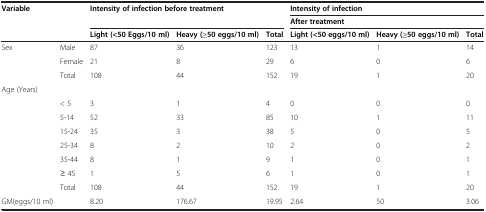
<table><thead><tr><td rowspan="2"><b>Variable</b></td><td rowspan="2"><b> </b></td><td rowspan="2" colspan="3"><b>Intensity of infection before treatment</b></td><td colspan="3"><b>Intensity of infection</b></td></tr><tr><td colspan="3"><b>After treatment</b></td></tr><tr><td><b> </b></td><td><b> </b></td><td><b>Light (&lt;50 Eggs/10 ml)</b></td><td><b>Heavy (≥50 eggs/10 ml)</b></td><td><b>Total</b></td><td><b>Light (&lt;50 eggs/10 ml)</b></td><td><b>Heavy (≥50 eggs/10 ml)</b></td><td><b>Total</b></td></tr></thead><tbody><tr><td rowspan="2">Sex</td><td>Male</td><td>87</td><td>36</td><td>123</td><td>13</td><td>1</td><td>14</td></tr><tr><td>Female</td><td>21</td><td>8</td><td>29</td><td>6</td><td>0</td><td>6</td></tr><tr><td> </td><td>Total</td><td>108</td><td>44</td><td>152</td><td>19</td><td>1</td><td>20</td></tr><tr><td>Age (Years)</td><td> </td><td> </td><td> </td><td> </td><td> </td><td> </td><td> </td></tr><tr><td> </td><td>&lt; 5</td><td>3</td><td>1</td><td>4</td><td>0</td><td>0</td><td>0</td></tr><tr><td> </td><td>5-14</td><td>52</td><td>33</td><td>85</td><td>10</td><td>1</td><td>11</td></tr><tr><td> </td><td>15-24</td><td>35</td><td>3</td><td>38</td><td>5</td><td>0</td><td>5</td></tr><tr><td> </td><td>25-34</td><td>8</td><td>2</td><td>10</td><td>2</td><td>0</td><td>2</td></tr><tr><td> </td><td>35-44</td><td>8</td><td>1</td><td>9</td><td>1</td><td>0</td><td>1</td></tr><tr><td> </td><td>≥ 45</td><td>1</td><td>5</td><td>6</td><td>1</td><td>0</td><td>1</td></tr><tr><td> </td><td>Total</td><td>108</td><td>44</td><td>152</td><td>19</td><td>1</td><td>20</td></tr><tr><td>GM(eggs/10 ml)</td><td> </td><td>8.20</td><td>176.67</td><td>19.95</td><td>2.64</td><td>50</td><td>3.06</td></tr></tbody></table>